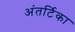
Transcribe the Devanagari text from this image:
अंतर्टिका